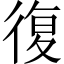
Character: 復